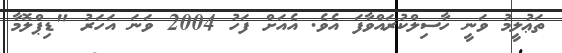
ތަޢުލީމު ވަނީ ހާސިލްކުރައްވާފަ އެވެ. އެއަށް ފަހު 2004 ވަނަ އަހަރު "ޑިޕްލޮމާ